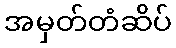
အမှတ်တံဆိပ်